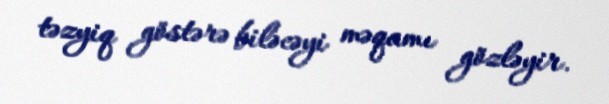
təzyiq göstərə biləcəyi məqamı gözləyir.